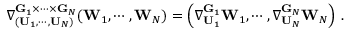
\nabla _ { ( \mathbf { U } _ { 1 } , \cdots , \mathbf { U } _ { N } ) } ^ { \mathbf { G } _ { 1 } \times \cdots \times \mathbf { G } _ { N } } ( \mathbf { W } _ { 1 } , \cdots , \mathbf { W } _ { N } ) = \left( \nabla _ { \mathbf { U } _ { 1 } } ^ { \mathbf { G } _ { 1 } } \mathbf { W } _ { 1 } , \cdots , \nabla _ { \mathbf { U } _ { N } } ^ { \mathbf { G } _ { N } } \mathbf { W } _ { N } \right) \, .